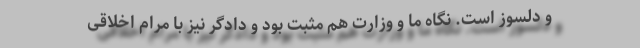
و دلسوز است. نگاه ما و وزارت هم مثبت بود و دادگر نیز با مرام اخلاقی